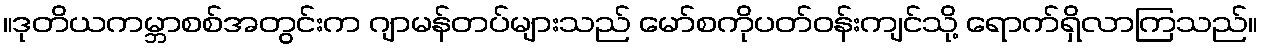
။ဒုတိယကမ္ဘာစစ်အတွင်းက ဂျာမန်တပ်များသည် မော်စကိုပတ်ဝန်းကျင်သို့ ရောက်ရှိလာကြသည်။